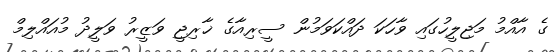
ގެ އާއްމު މަޖިލީހުގައި ވާހަކަ ދައްކަވަމުން ސީރިއާގެ ޚާރިޖީ ވަޒީރު ވަލީދު މުއައްލިމް